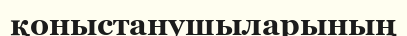
қоныстанушыларының